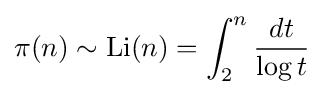
\pi (n)\sim \operatorname {Li} (n)=\int _{2}^{n}{\frac {dt}{\log t}}